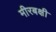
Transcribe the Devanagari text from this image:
मीरबक्षी